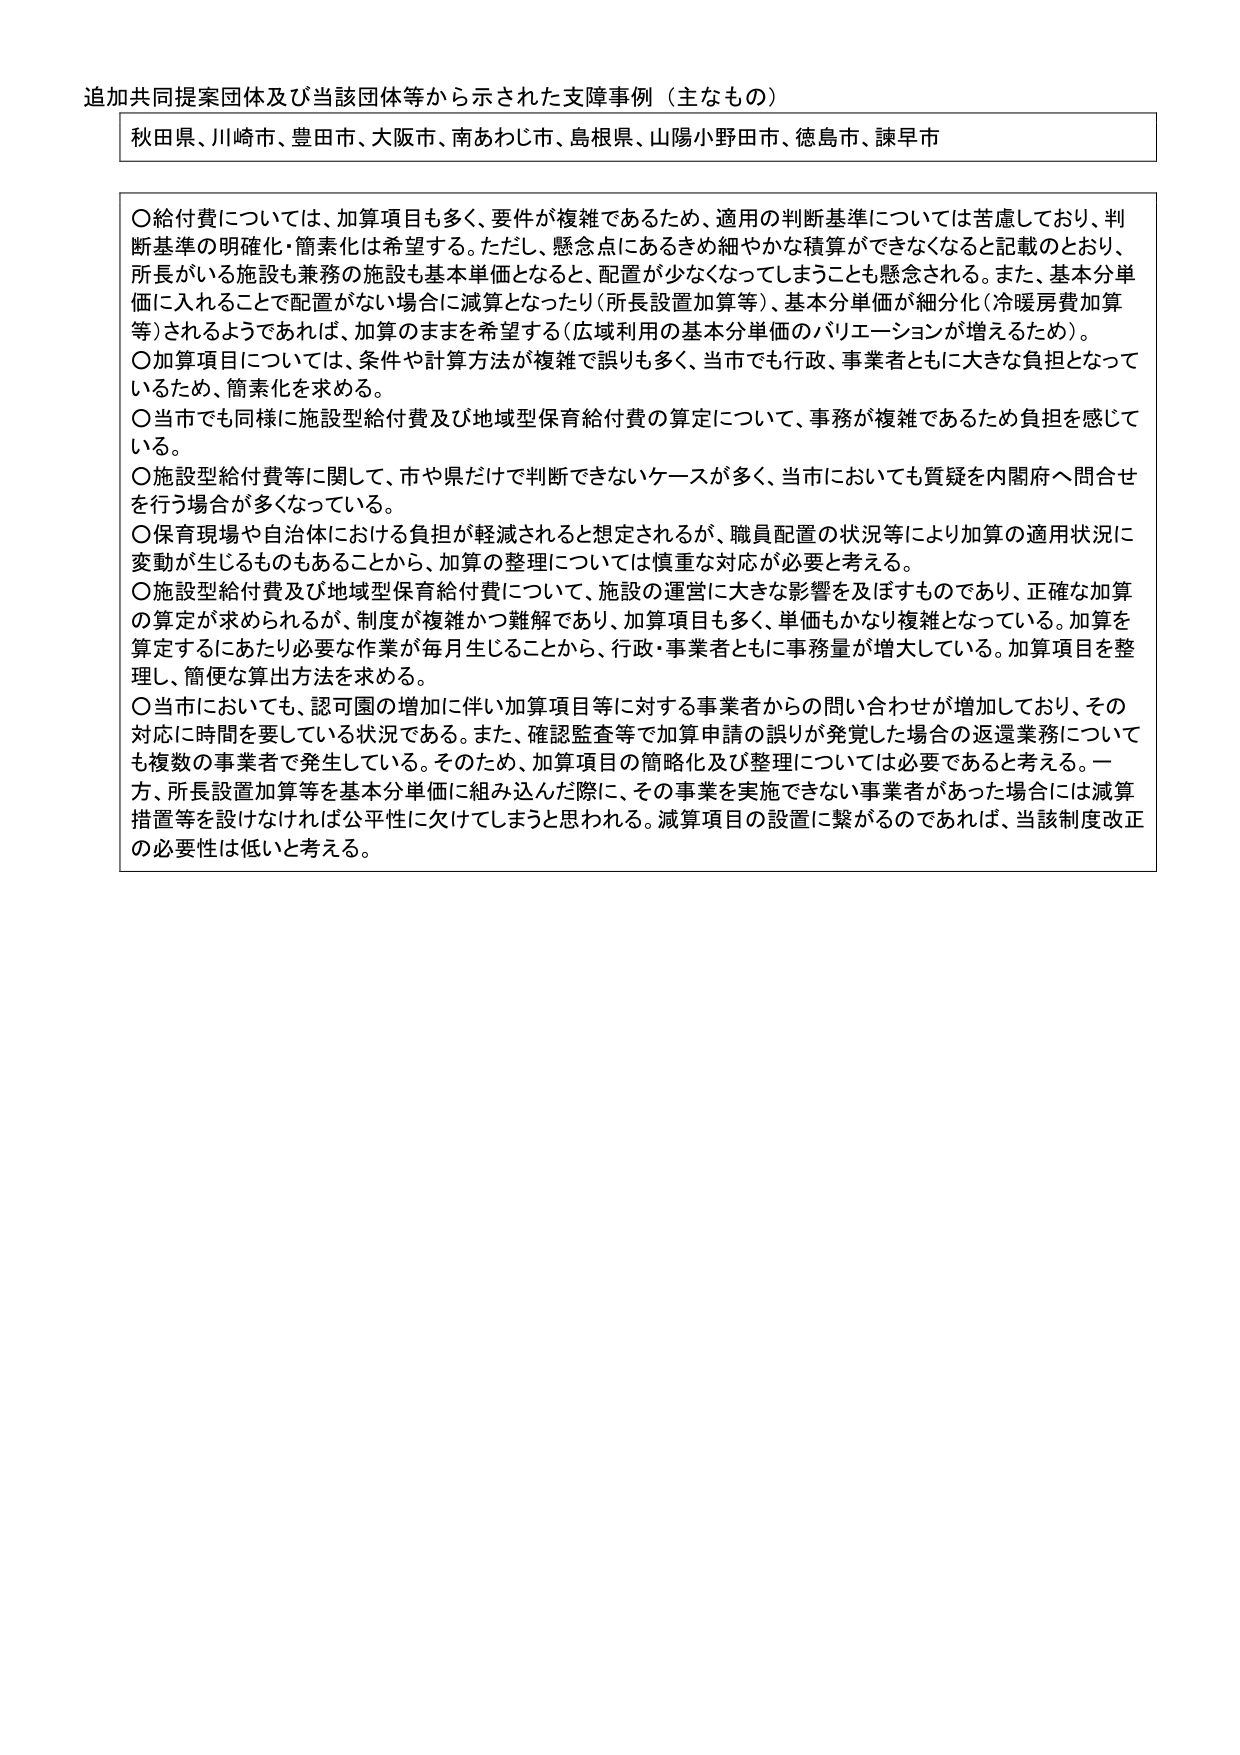
追加共同提案団体及び当該団体等から示された支障事例（主なもの）

秋田県、川崎市、豊田市、大阪市、南あわじ市、島根県、山陽小野田市、徳島市、諫早市

〇給付費については、加算項目も多く、要件が複雑であるため、適用の判断基準については苦慮しており、判断基準の明確化・簡素化は希望する。ただし、懸念点にあるきめ細やかな積算ができなくなると記載のとおり、所長がいる施設も兼務の施設も基本単価となると、配置が少なくなってしまうことも懸念される。また、基本分単価に入れることで配置がない場合に減算となったり（所長設置加算等）、基本分単価が細分化（冷暖房費加算等）されるようであれば、加算のままを希望する（広域利用の基本分単価のバリエーションが増えるため）。

〇加算項目については、条件や計算方法が複雑で誤りも多く、当市でも行政、事業者ともに大きな負担となっているため、簡素化を求める。

〇当市でも同様に施設型給付費及び地域型保育給付費の算定について、事務が複雑であるため負担を感じている。

〇施設型給付費等に関して、市や県だけで判断できないケースが多く、当市においても質疑を内閣府へ問合せを行う場合が多くなっている。

〇保育現場や自治体における負担が軽減されると想定されるが、職員配置の状況等により加算の適用状況に変動が生じるものもあることから、加算の整理については慎重な対応が必要と考える。

〇施設型給付費及び地域型保育給付費について、施設の運営に大きな影響を及ぼすものであり、正確な加算の算定が求められるが、制度が複雑かつ難解であり、加算項目も多く、単価もかなり複雑となっている。加算を算定するにあたり必要な作業が毎月生じることから、行政・事業者ともに事務量が増大している。加算項目を整理し、簡便な算出方法を求める。

〇当市においても、認可園の増加に伴い加算項目等に対する事業者からの問い合わせが増加しており、その対応に時間を要している状況である。また、確認監査等で加算申請の誤りが発覚した場合の返還業務についても複数の事業者で発生している。そのため、加算項目の簡略化及び整理については必要であると考える。一方、所長設置加算等を基本分単価に組み込んだ際に、その事業を実施できない事業者があった場合には減算措置等を設けなければ公平性に欠けてしまうと思われる。減算項目の設置に繋がるのであれば、当該制度改正の必要性は低いと考える。